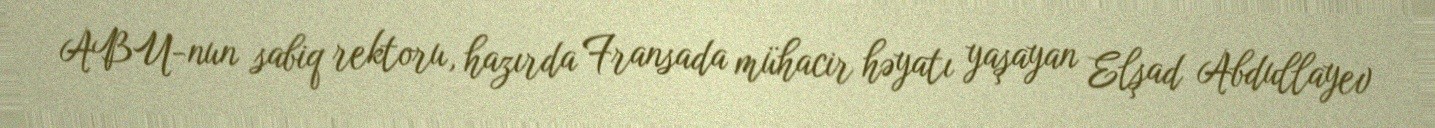
ABU-nun sabiq rektoru, hazırda Fransada mühacir həyatı yaşayan Elşad Abdullayev